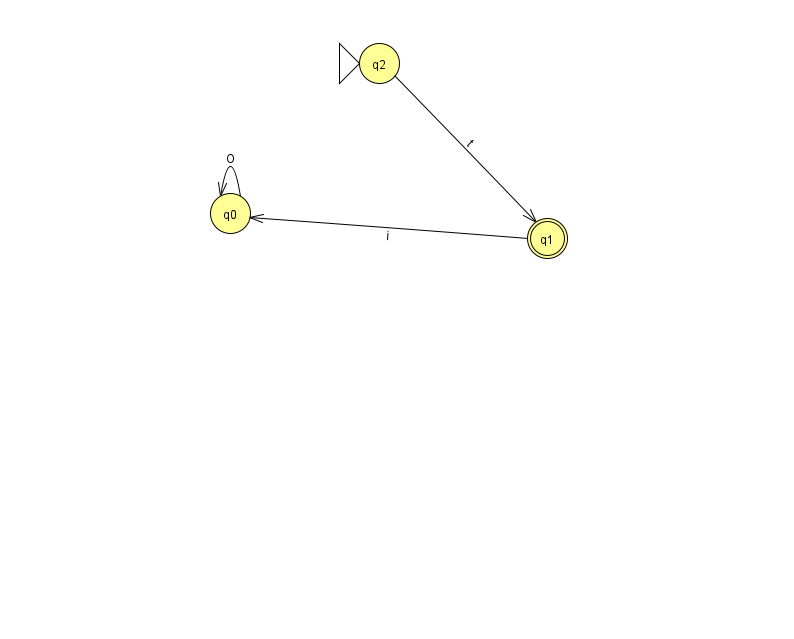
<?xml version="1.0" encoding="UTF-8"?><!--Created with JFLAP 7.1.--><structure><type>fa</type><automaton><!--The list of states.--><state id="0" name="q0"><x>230.0</x><y>200.0</y></state><state id="1" name="q1"><x>547.0</x><y>225.0</y><final/></state><state id="2" name="q2"><x>379.0</x><y>50.0</y><initial/></state><!--The list of transitions.--><transition><from>1</from><to>0</to><read>i</read></transition><transition><from>2</from><to>1</to><read>t</read></transition><transition><from>0</from><to>0</to><read>O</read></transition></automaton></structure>